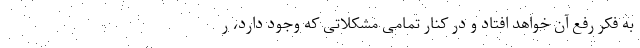
به فکر رفع آن خواهد افتاد و در کنار تمامی مشکلاتی که وجود دارد، ر